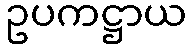
ဥပကဋ္ဌာယ